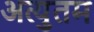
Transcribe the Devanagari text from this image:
अत्युतम